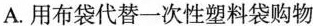
A.用布袋代替一次性塑料袋购物